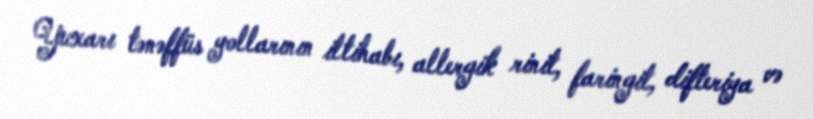
Yuxarı tənəffüs yollarının iltihabı, allergik rinit, faringit, difteriya və